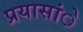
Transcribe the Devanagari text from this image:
प्रयासांे